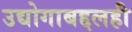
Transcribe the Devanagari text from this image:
उद्योगाबद्दलही